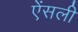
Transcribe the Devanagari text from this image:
ऐंसली